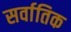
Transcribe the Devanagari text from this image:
सर्वातिक